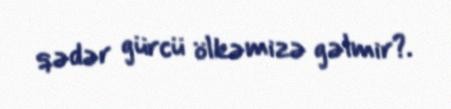
qədər gürcü ölkəmizə gəlmir?.